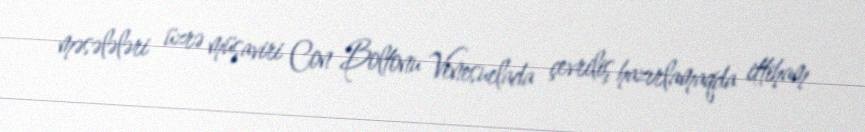
məsələləri üzrə müşaviri Con Boltonu Venesuelada çevriliş hazırlamaqda ittiham